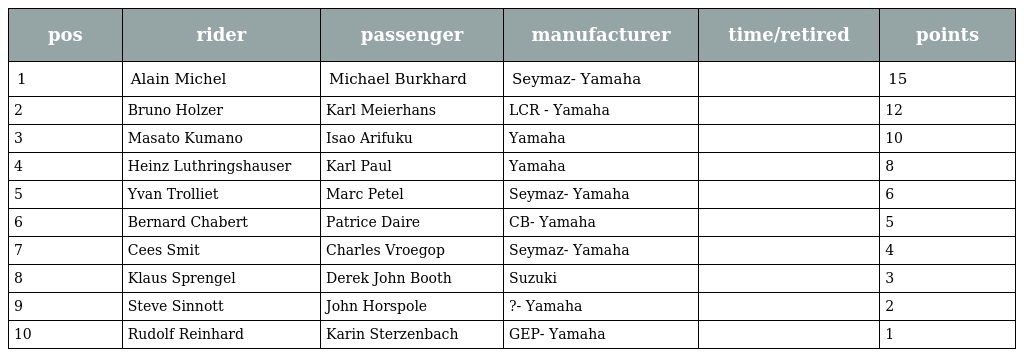
| pos | rider | passenger | manufacturer | time/retired | points |
 | --- | --- | --- | --- | --- | --- |
 | 1 | Alain Michel | Michael Burkhard | Seymaz- Yamaha |  | 15 |
 | 2 | Bruno Holzer | Karl Meierhans | LCR - Yamaha |  | 12 |
 | 3 | Masato Kumano | Isao Arifuku | Yamaha |  | 10 |
 | 4 | Heinz Luthringshauser | Karl Paul | Yamaha |  | 8 |
 | 5 | Yvan Trolliet | Marc Petel | Seymaz- Yamaha |  | 6 |
 | 6 | Bernard Chabert | Patrice Daire | CB- Yamaha |  | 5 |
 | 7 | Cees Smit | Charles Vroegop | Seymaz- Yamaha |  | 4 |
 | 8 | Klaus Sprengel | Derek John Booth | Suzuki |  | 3 |
 | 9 | Steve Sinnott | John Horspole | ?- Yamaha |  | 2 |
 | 10 | Rudolf Reinhard | Karin Sterzenbach | GEP- Yamaha |  | 1 |